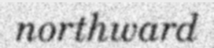
northward